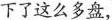
下了这么多盘，